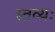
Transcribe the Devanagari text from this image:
स्तव्यः